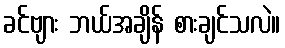
ခင်ဗျား ဘယ်အချိန် စားချင်သလဲ။